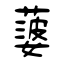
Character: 蔢